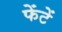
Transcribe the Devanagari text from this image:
फेंटें